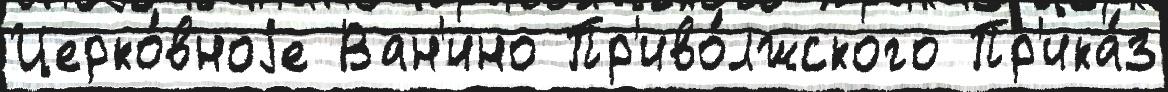
Церко́вноjе Ван'ино Пр'иво́лжского Пр'ика́з